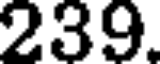
239.